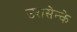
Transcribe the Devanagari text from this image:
उरासेन्के